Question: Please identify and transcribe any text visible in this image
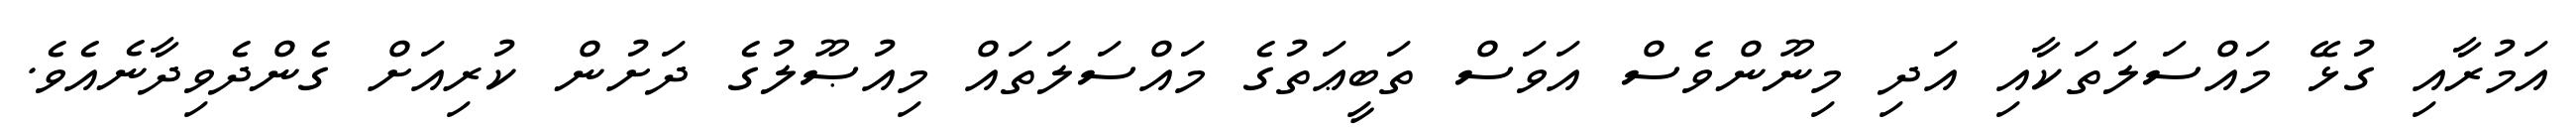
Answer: އަމުރާއި ގުޅޭ މައްސަލަތަކާއި އަދި މިނޫންވެސް އަވަސް ތަބީޢަތުގެ މައްސަލަތައް މިއުޞޫލުގެ ދަށުން ކުރިއަށް ގެންދެވިދާނެއެވެ.